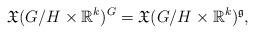
LaTeX: \begin{align*}{\mathfrak X}(G/H\times {\mathbb R}^{k})^{G}={\mathfrak X}(G/H\times {\mathbb R}^{k})^{\mathfrak g},\end{align*}